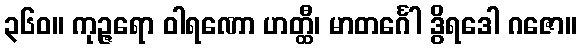
၃၆၀။ ကုဉ္ဇရော ဝါရဏော ဟတ္ထီ၊ မာတင်္ဂေါ ဒွိရဒေါ ဂဇော။